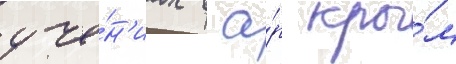
уче́н'иах в а́р кры́м